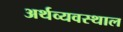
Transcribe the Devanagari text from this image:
अर्थव्यवस्थाल